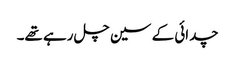
چدائی کے سین چل رہے تھے۔